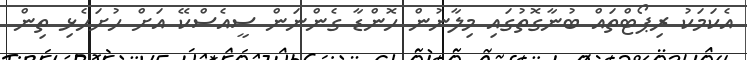
އެކަމަކު ރިޕޯޓްތައް ބުނާގޮތުގައި މިލާނުން ހޮންޑާ ގެންނަން ސީއެސްކޭ އަށް ހުށަހެޅި ތިން